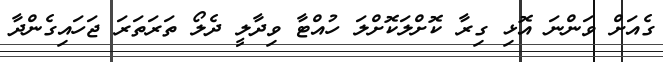
ގެއަށް ވަންނަ އޮޅި ގިރާ ކޮށްލަކޮށްލަ ހުއްޓާ ވިދާލީ ދެލޯ ތަރަތަރަ ޖަހައިގެންދާ